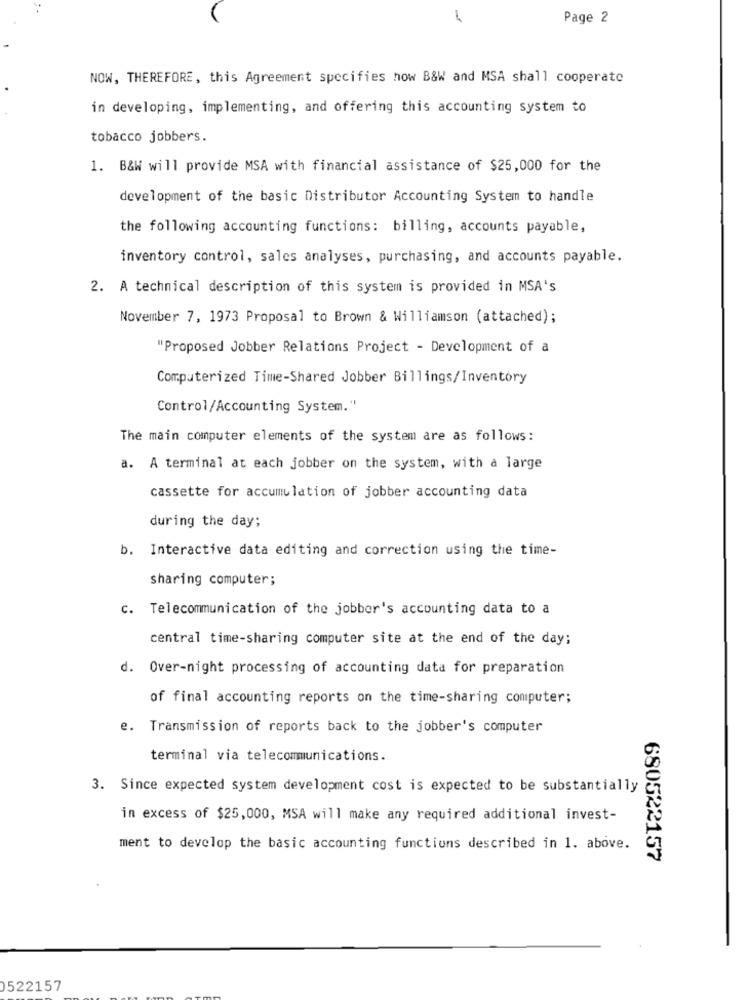
1
Page 2
NOW, THEREFORE, this Agreement specifies how B&W and MSA shall cooperate
in developing, implementing, and offering this accounting system to
tobacco jobbers.
1. B&W will provide MSA with financial assistance of $25,000 for the
development of the basic Distributor Accounting System to handle
the following accounting functions: billing, accounts payable,
inventory control, sales analyses, purchasing, and accounts payable.
2. A technical description of this system is provided in MSA's
November 7, 1973 Proposal to Brown & Williamson (attached);
"Proposed Jobber Relations Project - Development of a
Computerized Time-Shared Jobber Billings/Inventory
Control/Accounting System."
The main computer elements of the system are as follows:
a. A terminal at each jobber on the system, with a large
cassette for accumulation of jobber accounting data
during the day;
b. Interactive data editing and correction using the time-
sharing computer;
c. Telecommunication of the jobber's accounting data to a
central time-sharing computer site at the end of the day;
d. Over-night processing of accounting data for preparation
of final accounting reports on the time-sharing computer;
e. Transmission of reports back to the jobber's computer
terminal via telecommunications.
3. Since expected system development cost is expected to be substantially
in excess of $25,000, MSA will make any required additional invest-
ment to develop the basic accounting functions described in 1. above.
680522157
522157